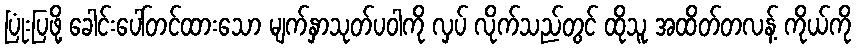
ပြုံးပြဖို့ ခေါင်းပေါ်တင်ထားသော မျက်နှာသုတ်ပဝါကို လှပ် လိုက်သည်တွင် ထိုသူ အထိတ်တလန့် ကိုယ်ကို